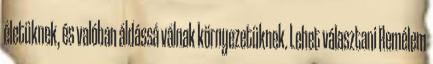
életüknek, és valóban áldássá válnak környezetüknek. Lehet választani Remélem